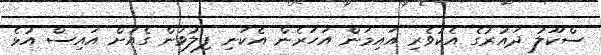
ސްކޫލު ދައުރުގެ އެކުވެރި އައިމަން އަހަރެން އެކަނި ފިލުވަން ގެއަށް އައިސް އުޅެ